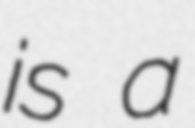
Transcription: is a